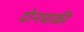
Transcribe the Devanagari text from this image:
दोनचाकी